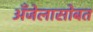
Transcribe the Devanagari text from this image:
अँजेलासोबत